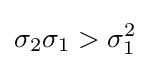
\sigma _{2}\sigma _{1}>\sigma _{1}^{2}